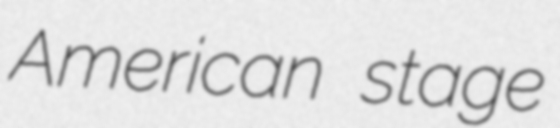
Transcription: American stage